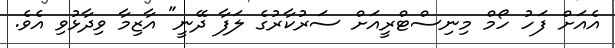
އެއަށް ފަހު ހޯމް މިނިސްޓްރީއަށް ސަރުކާރުގެ ލަފާ ދޭނީ" އާޒިމާ ވިދާޅުވި އެވެ.